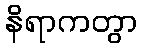
နိရာကတွာ